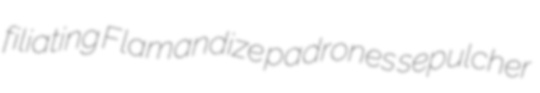
filiating Flamandize padrones sepulcher